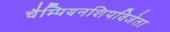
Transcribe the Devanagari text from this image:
चैम्पियनशिपविजेता